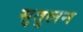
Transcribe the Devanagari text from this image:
सुतुलन